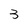
Character: 3